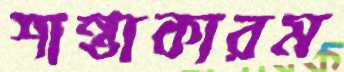
শান্তাকারম